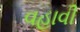
વહાવી